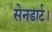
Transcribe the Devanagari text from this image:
सेनडार्ट।